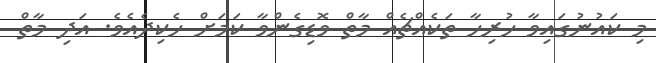
މި ކައުނުގައިވާ ހުރިހާ ތަކެއްޗެއް މާތް ވޮޑިގެންވާ ކަމަށް ހެކިދެއެވެ. އަދި މާތް